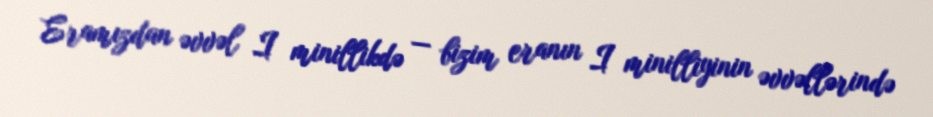
Eramızdan əvvəl I minillikdə — bizim eranın I minilliyinin əvvəllərində